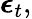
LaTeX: \boldsymbol{\epsilon}_{t},